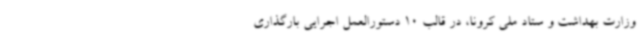
وزارت بهداشت و ستاد ملی کرونا، در قالب 10 دستورالعمل اجرایی بارگذاری